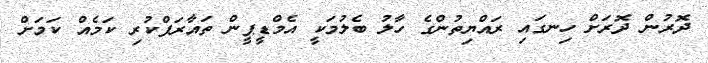
ދޮރުން ދޮރަށް ހިނގައި ރައްޔިތުންގެ ހާލު ބެލުމަކީ އެމްޑީޕީން ތައާރަފްކުރި ކަމެއް ކަމަށް